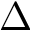
\Delta